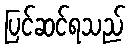
ပြင်ဆင်ရသည်